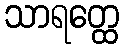
သာရတ္ထေ